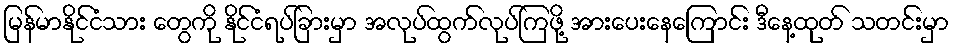
မြန်မာနိုင်ငံသား တွေကို နိုင်ငံရပ်ခြားမှာ အလုပ်ထွက်လုပ်ကြဖို့ အားပေးနေကြောင်း ဒီနေ့ထုတ် သတင်းမှာ